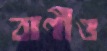
বাণীও